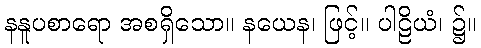
နနူပစာရော အစရှိသော။ နယေန၊ ဖြင့်။ ပါဠိယံ၊ ၌။